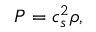
P = c _ { s } ^ { 2 } \rho ,